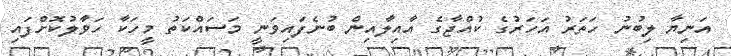
އަނިޔާ ލިބުނު ހަތަރު އަހަރުގެ ކުއްޖާގެ އާއިލާއިން ބުނެފައިވަނީ މަސައްކަތު މީހަކާ ހަވާލުކޮށްފައި